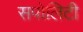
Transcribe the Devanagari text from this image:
सपोलिटी